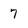
Character: 7